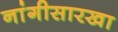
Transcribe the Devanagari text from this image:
नांगीसारखा